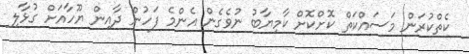
ކެތްކުރަން މަސައްކަތް ކޮށްކޮށް ކާމިޔާބު ނުވެގެން އެންމެ ފަހުން ދާއިން ޔޫހާއަށް ގުޅާލި